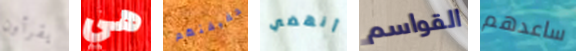
يقرأون هي حقيقتهم أنهضي القواسم ساعدهم